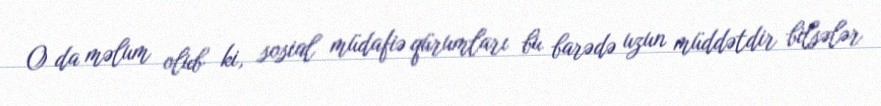
O da məlum olub ki, sosial müdafiə qürumları bu barədə uzun müddətdir bilsələr